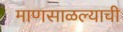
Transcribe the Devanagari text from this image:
माणसाळल्याची